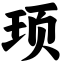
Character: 顼